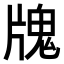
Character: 𤗧